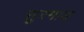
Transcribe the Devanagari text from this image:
सुरमाड